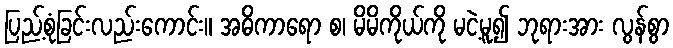
ပြည့်စုံခြင်းလည်းကောင်း။ အဓိကာရော စ၊ မိမိကိုယ်ကို မငဲ့မူ၍ ဘုရားအား လွန်စွာ